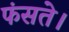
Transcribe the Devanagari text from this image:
फंसते।